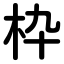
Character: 枠